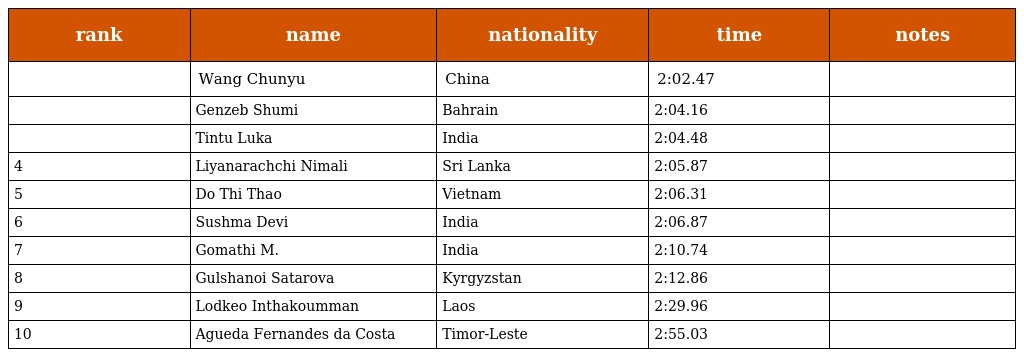
| rank | name | nationality | time | notes |
 | --- | --- | --- | --- | --- |
 |  | Wang Chunyu | China | 2:02.47 |  |
 |  | Genzeb Shumi | Bahrain | 2:04.16 |  |
 |  | Tintu Luka | India | 2:04.48 |  |
 | 4 | Liyanarachchi Nimali | Sri Lanka | 2:05.87 |  |
 | 5 | Do Thi Thao | Vietnam | 2:06.31 |  |
 | 6 | Sushma Devi | India | 2:06.87 |  |
 | 7 | Gomathi M. | India | 2:10.74 |  |
 | 8 | Gulshanoi Satarova | Kyrgyzstan | 2:12.86 |  |
 | 9 | Lodkeo Inthakoumman | Laos | 2:29.96 |  |
 | 10 | Agueda Fernandes da Costa | Timor-Leste | 2:55.03 |  |